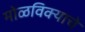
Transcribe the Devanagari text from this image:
मोळविक्याचे